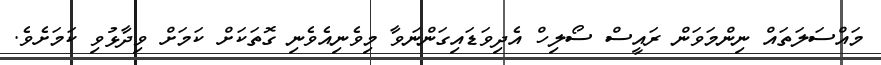
މައްސަލަތައް ނިންމަވަން ރައީސް ސޯލިހް އެދިވަޑައިގަންނަވާ މިވެނިއެވެނި ގޮތަކަށް ކަމަށް ވިދާޅުވި ކަމަށެވެ.